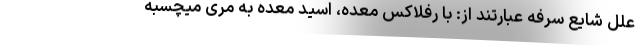
علل شایع سرفه عبارتند از: با رفلاکس معده، اسید معده به مری میچسبه